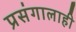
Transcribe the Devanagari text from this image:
प्रसंगालाही